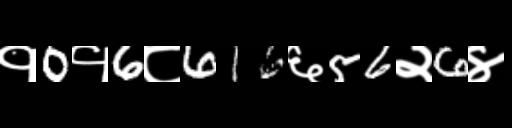
Text: १0१6८616६56२6४